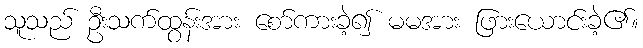
သူသည် ဦးသက်ထွန်းအား စော်ကားခဲ့၍ မမအား ဖြားယောင်းခဲ့၏။